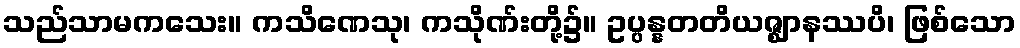
သည်သာမကသေး။ ကသိဏေသု၊ ကသိုဏ်းတို့၌။ ဥပ္ပန္နတတိယဇ္ဈာနဿပိ၊ ဖြစ်သော